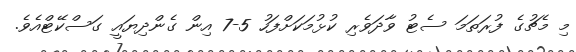
މި މެޗުގެ ފުރަތަމަ ސެޓު ވާދަވެރި ކުޅުމަކަށްފަހު 5-7 އިން ގެންދިޔައީ ގަސްކޭޓްއެވެ.